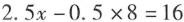
$$2 . 5 x - 0 . 5 \times 8 = 1 6$$